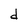
Character: d